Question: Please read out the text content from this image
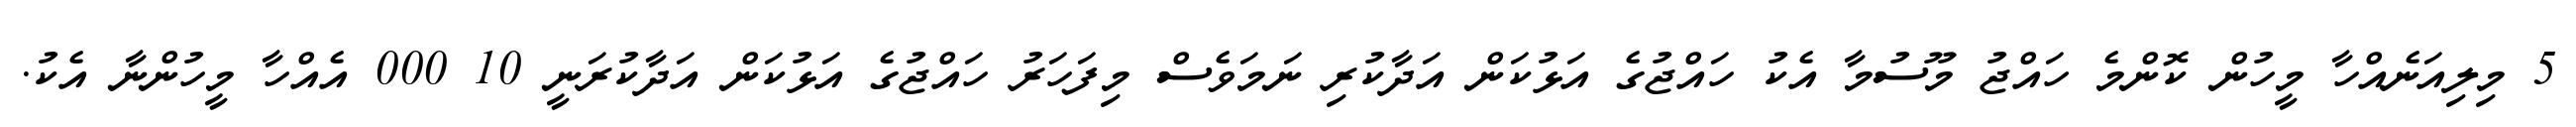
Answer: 5 މިލިއަނެއްހާ މީހުން ކޮންމެ ހައްޖު މޫސުމާ އެކު ހައްޖުގެ އަޅުކަން އަދާކުރި ނަމަވެސް މިފަހަރު ހައްޖުގެ އަޅުކަން އަދާކުރަނީ 10 000 އެއްހާ މީހުންނާ އެކު.